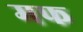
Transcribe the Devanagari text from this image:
मफ